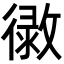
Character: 𢕲